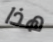
هذا